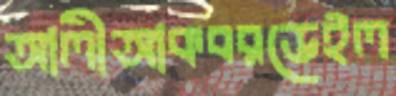
আলীআকবরডেইল